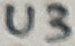
Text: U3